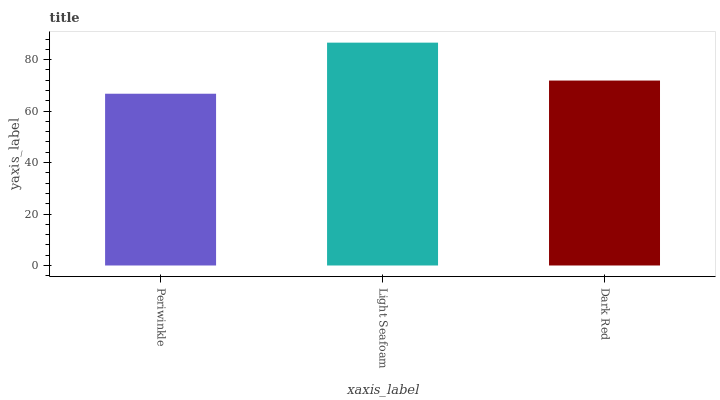
| xaxis_label | bars |
 | --- | --- |
 | Periwinkle | 66.7 |
 | Light Seafoam | 86.6 |
 | Dark Red | 71.9 |